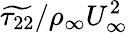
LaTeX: \widetilde{\tau_{22}}/\rho_{\infty}U_{\infty}^{2}